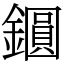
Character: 𨭦